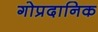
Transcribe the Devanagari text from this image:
गोप्रदानिक